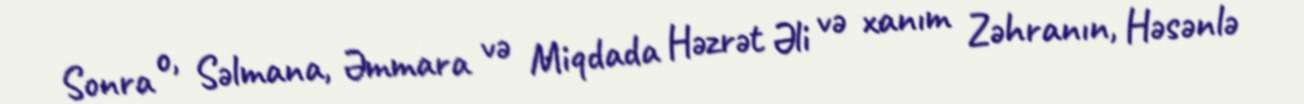
Sonra o, Səlmana, Əmmara və Miqdada Həzrət Əli və xanım Zəhranın, Həsənlə